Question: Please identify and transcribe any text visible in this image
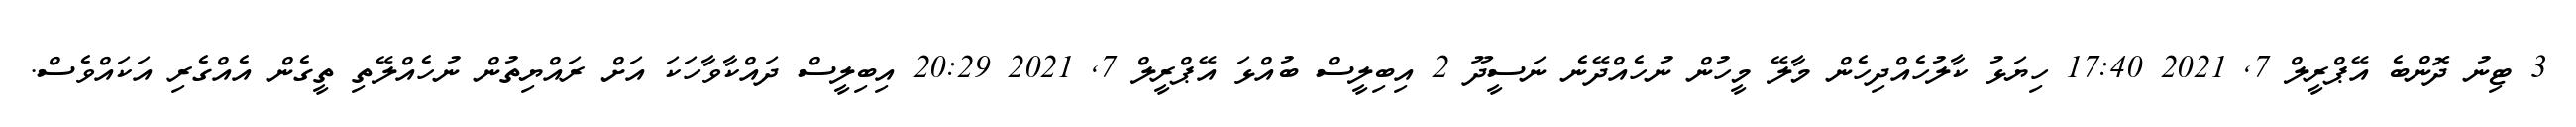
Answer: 3 ޓިނު ދޮންބެ އޭޕްރީލް 7, 2021 17:40 ހިޔަޅު ކާލުހެއްދިހެން މާލޭ މީހުން ނުހެއްދޭނެ ނަސީދޫ 2 އިބިލީސް ބުއްޅަ އޭޕްރީލް 7, 2021 20:29 އިބިލީސް ދައްކާވާހަކަ އަށް ރައްޔިތުން ނުހެއްލޭތި ތީގެން އެއްގެރި އަކައްވެސް.